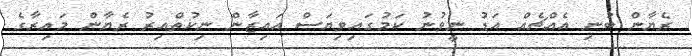
ރެޔާން ބުނި އެއްޗެއް އަޑު ނީވުނު ކަމުގައިވިޔަސް އައިޒާން ނިކުތްއިރު ރެޔާން މައިރާގެ